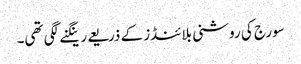
سورج کی روشنی بلائنڈز کے ذریعے رینگنے لگی تھی۔